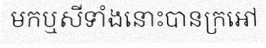
មកឬសីទាំងនោះបានក្រអៅ